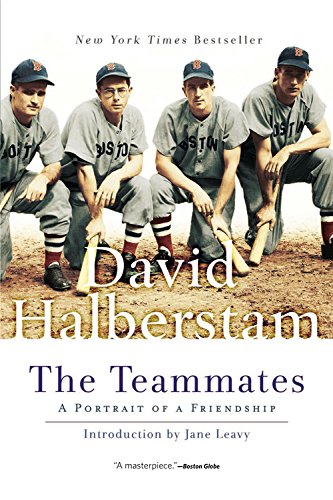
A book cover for The Teammates: A Portrait of a Friendship; David Halberstam; Biographies & Memoirs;